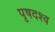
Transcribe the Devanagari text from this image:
पृषदश्व